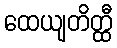
ထေယျတိတ္ထီ